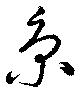
京